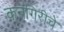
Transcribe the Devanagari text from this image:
कनगिरीचे